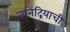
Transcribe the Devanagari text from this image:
ज्ञानेंद्रियाची